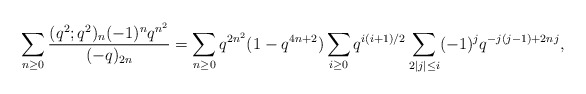
\begin{align*}\sum_{n\ge0}\frac{(q^2;q^2)_n(-1)^nq^{n^2}}{(-q)_{2n}}=\sum_{n\ge0}q^{2n^2}(1-q^{4n+2})\sum_{i\ge0}q^{i(i+1)/2}\sum_{2|j|\le i}(-1)^jq^{-j(j-1)+2nj},\end{align*}